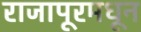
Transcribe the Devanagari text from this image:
राजापूरमधून